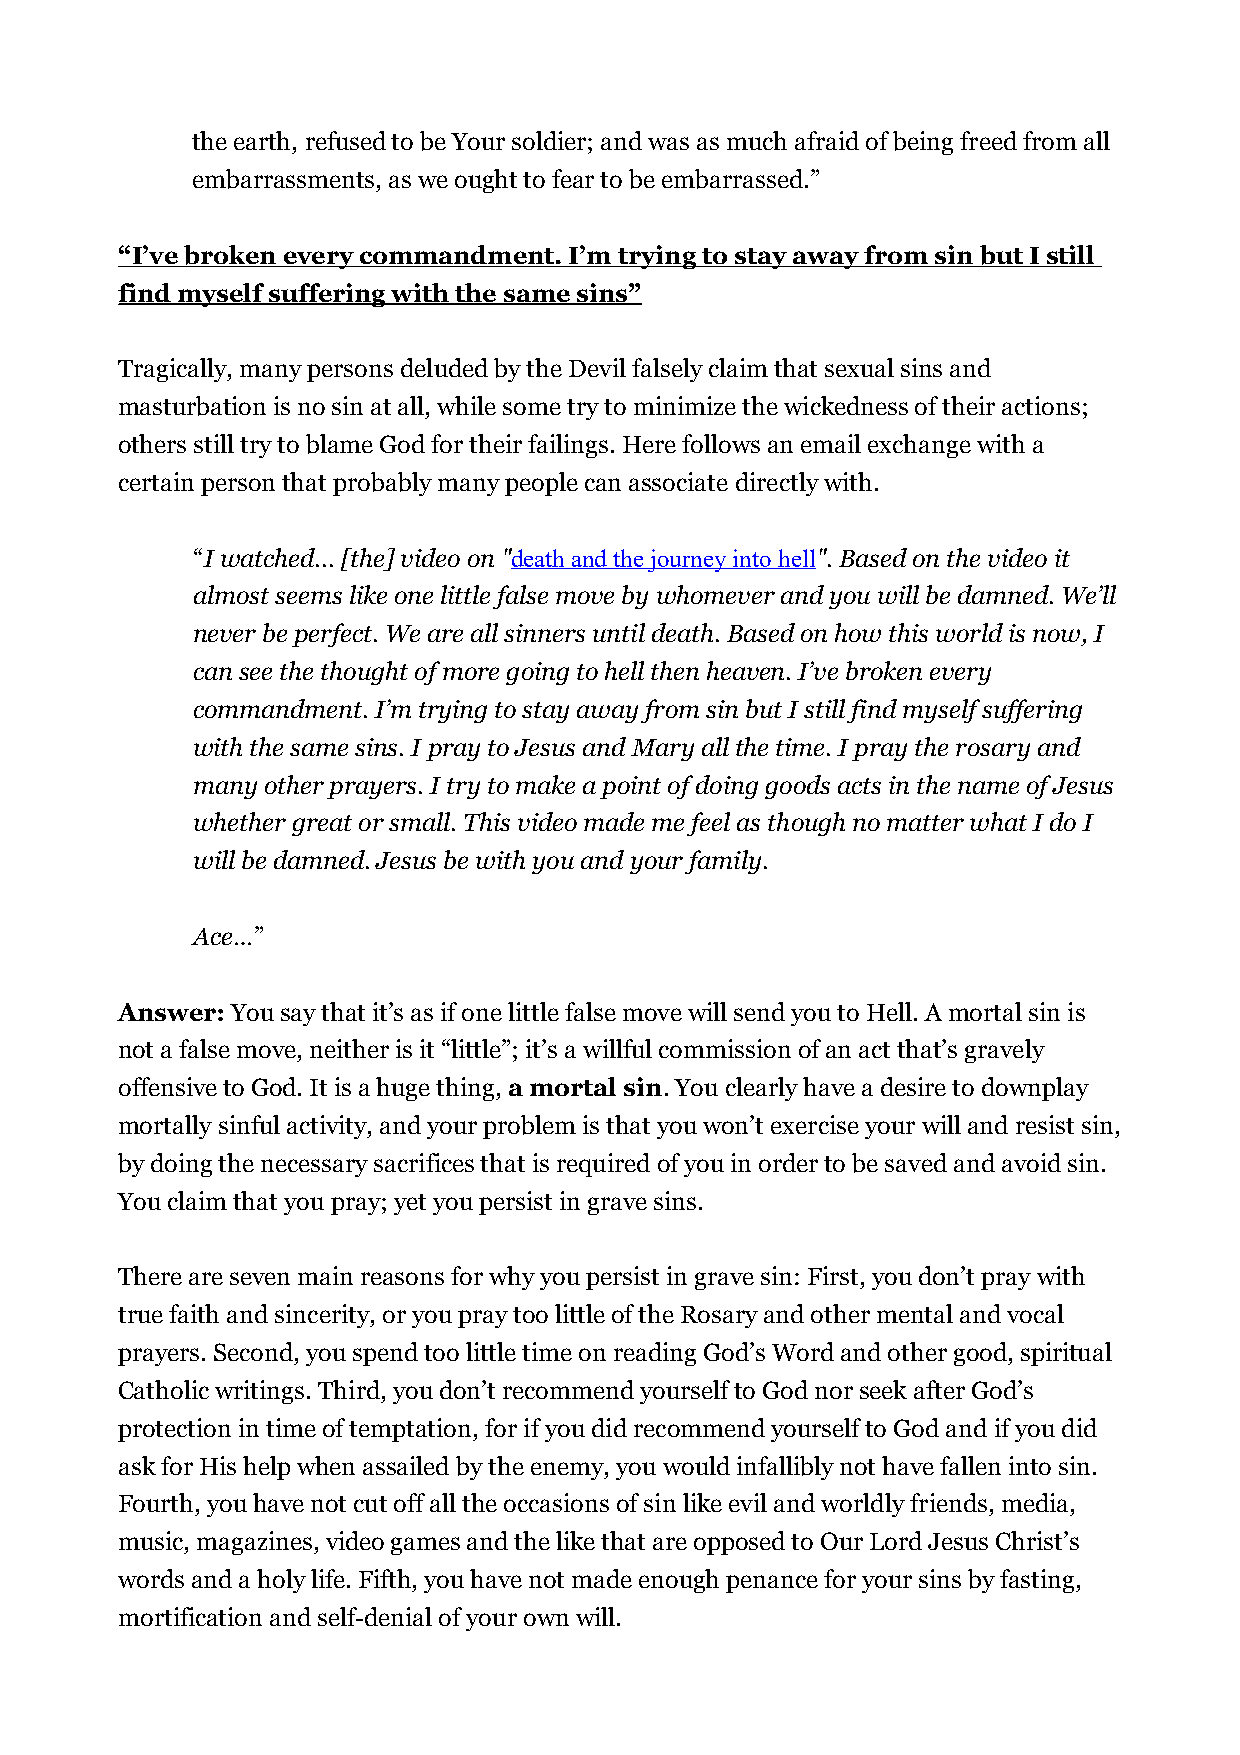
the earth, refused to be Your soldier; and was as much afraid of being freed from all
 embarrassments, as we ought to fear to be embarrassed.”
 “ I’ve broken every commandment. I’m trying to stay away from sin but I still
 find myself suffering with the same sins”
 Tragically, many persons deluded by the Devil falsely claim that sexual sins and
 masturbation is no sin at all, while some try to minimize the wickedness of their actions;
 others still try to blame God for their failings. Here follows an email exchange with a
 certain person that probably many people can associate directly with.
 “I watched... [the] video on "death and the journey into hell". Based on the video it
 almost seems like one little false move by whomever and you will be damned. We’ll
 never be perfect. We are all sinners until death. Based on how this world is now, I
 can see the thought of more going to hell then heaven. I’ve broken every
 commandment. I’m trying to stay away from sin but I still find myself suffering
 with the same sins. I pray to Jesus and Mary all the time. I pray the rosary and
 many other prayers. I try to make a point of doing goods acts in the name of Jesus
 whether great or small. This video made me feel as though no matter what I do I
 will be damned. Jesus be with you and your family.
 Ace…”
 Answer: You say that it’s as if one little false move will send you to Hell. A mortal sin is
 not a false move, neither is it “little”; it’s a willful commission of an act that’s gravely
 offensive to God. It is a huge thing, a mortal sin. You clearly have a desire to downplay
 mortally sinful activity, and your problem is that you won’t exercise your will and resist sin,
 by doing the necessary sacrifices that is required of you in order to be saved and avoid sin.
 You claim that you pray; yet you persist in grave sins.
 There are seven main reasons for why you persist in grave sin: First, you don’t pray with
 true faith and sincerity, or you pray too little of the Rosary and other mental and vocal
 prayers. Second, you spend too little time on reading God’s Word and other good, spiritual
 Catholic writings. Third, you don’t recommend yourself to God nor seek after God’s
 protection in time of temptation, for if you did recommend yourself to God and if you did
 ask for His help when assailed by the enemy, you would infallibly not have fallen into sin.
 Fourth, you have not cut off all the occasions of sin like evil and worldly friends, media,
 music, magazines, video games and the like that are opposed to Our Lord Jesus Christ’s
 words and a holy life. Fifth, you have not made enough penance for your sins by fasting,
 mortification and self-denial of your own will.